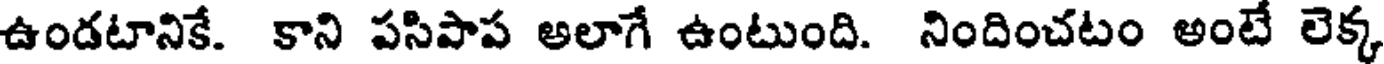
ఉండటానికే. కాని పసిపాప అలాగే ఉంటుంది. నిందించటం అంటే లెక్క